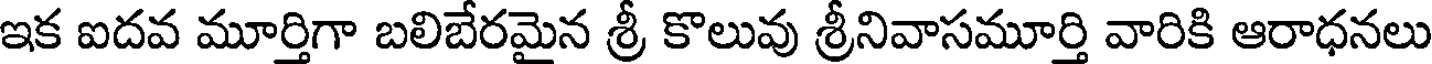
ఇక ఐదవ మూర్తిగా బలిబేరమైన శ్రీ కొలువు శ్రీనివాసమూర్తి వారికి ఆరాధనలు